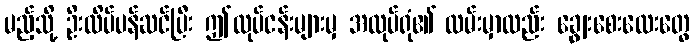
မည့်သို့ ဦးထိပ်ပန်ဆင်ပြီး ဤလုပ်ငန်းများမှ အလုပ်ရုံ၏ လမ်းမှာလည်း ချွေးစေးလေးတွေ